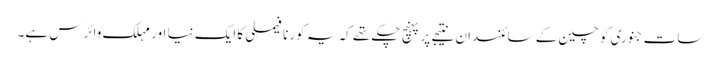
سات جنوری کو چین کے سائنسدان نتیجے پر پہنچ چکے تھے کہ یہ کورنا فیملی کا ایک نیا اور مہلک وائرس ہے۔